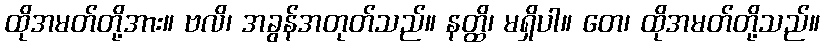
ထိုအမတ်တို့အား။ ဗလိ၊ အခွန်အတုတ်သည်။ နတ္ထိ၊ မရှိပါ။ တေ၊ ထိုအမတ်တို့သည်။